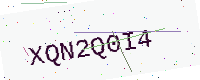
Text: XQN2Q0I4